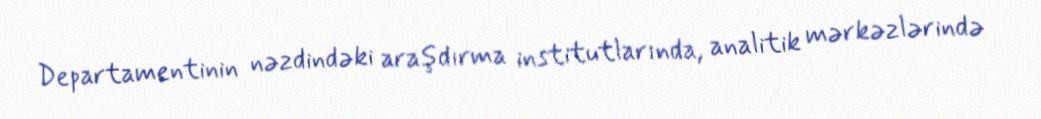
Departamentinin nəzdindəki araşdırma institutlarında, analitik mərkəzlərində